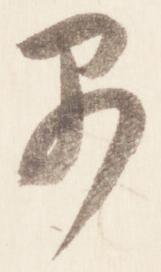
早